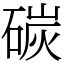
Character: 碳